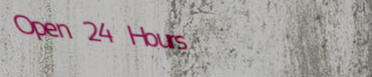
Open 24 Hours